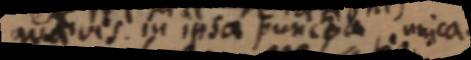
quaevis in ipsa puncta, unica.